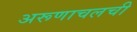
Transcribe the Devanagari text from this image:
अरूणाचलची